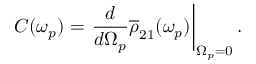
C ( \omega _ { p } ) = \left. \frac { d } { d \Omega _ { p } } \overline { \rho } _ { 2 1 } ( \omega _ { p } ) \right| _ { \Omega _ { p } = 0 } .